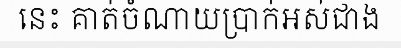
នេះ គាត់ចំណាយប្រាក់អស់ជាង